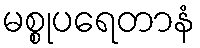
မစ္စုပရေတာနံ